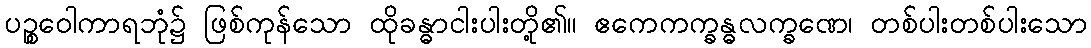
ပဉ္စဝေါကာရဘုံ၌ ဖြစ်ကုန်သော ထိုခန္ဓာငါးပါးတို့၏။ ဧကေကက္ခန္ဓလက္ခဏေ၊ တစ်ပါးတစ်ပါးသော